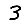
Digit: 3